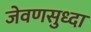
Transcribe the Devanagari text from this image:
जेवणसुध्दा